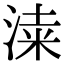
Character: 𣸡